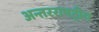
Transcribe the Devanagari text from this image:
अन्तरराषट्रीय